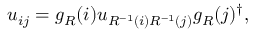
u _ { i j } = g _ { R } ( i ) u _ { R ^ { - 1 } ( i ) R ^ { - 1 } ( j ) } g _ { R } ( j ) ^ { \dagger } ,